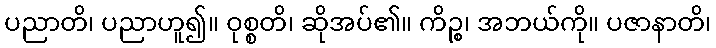
ပညာတိ၊ ပညာဟူ၍။ ဝုစ္စတိ၊ ဆိုအပ်၏။ ကိဉ္စ၊ အဘယ်ကို။ ပဇာနာတိ၊